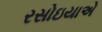
રસોઇયાએ